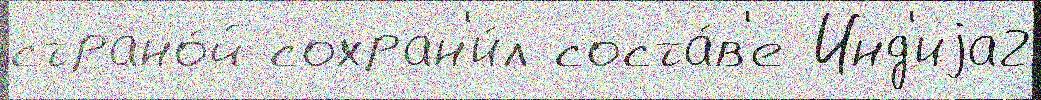
страно́й сохран'и́л соста́в'е Инд'иjа2